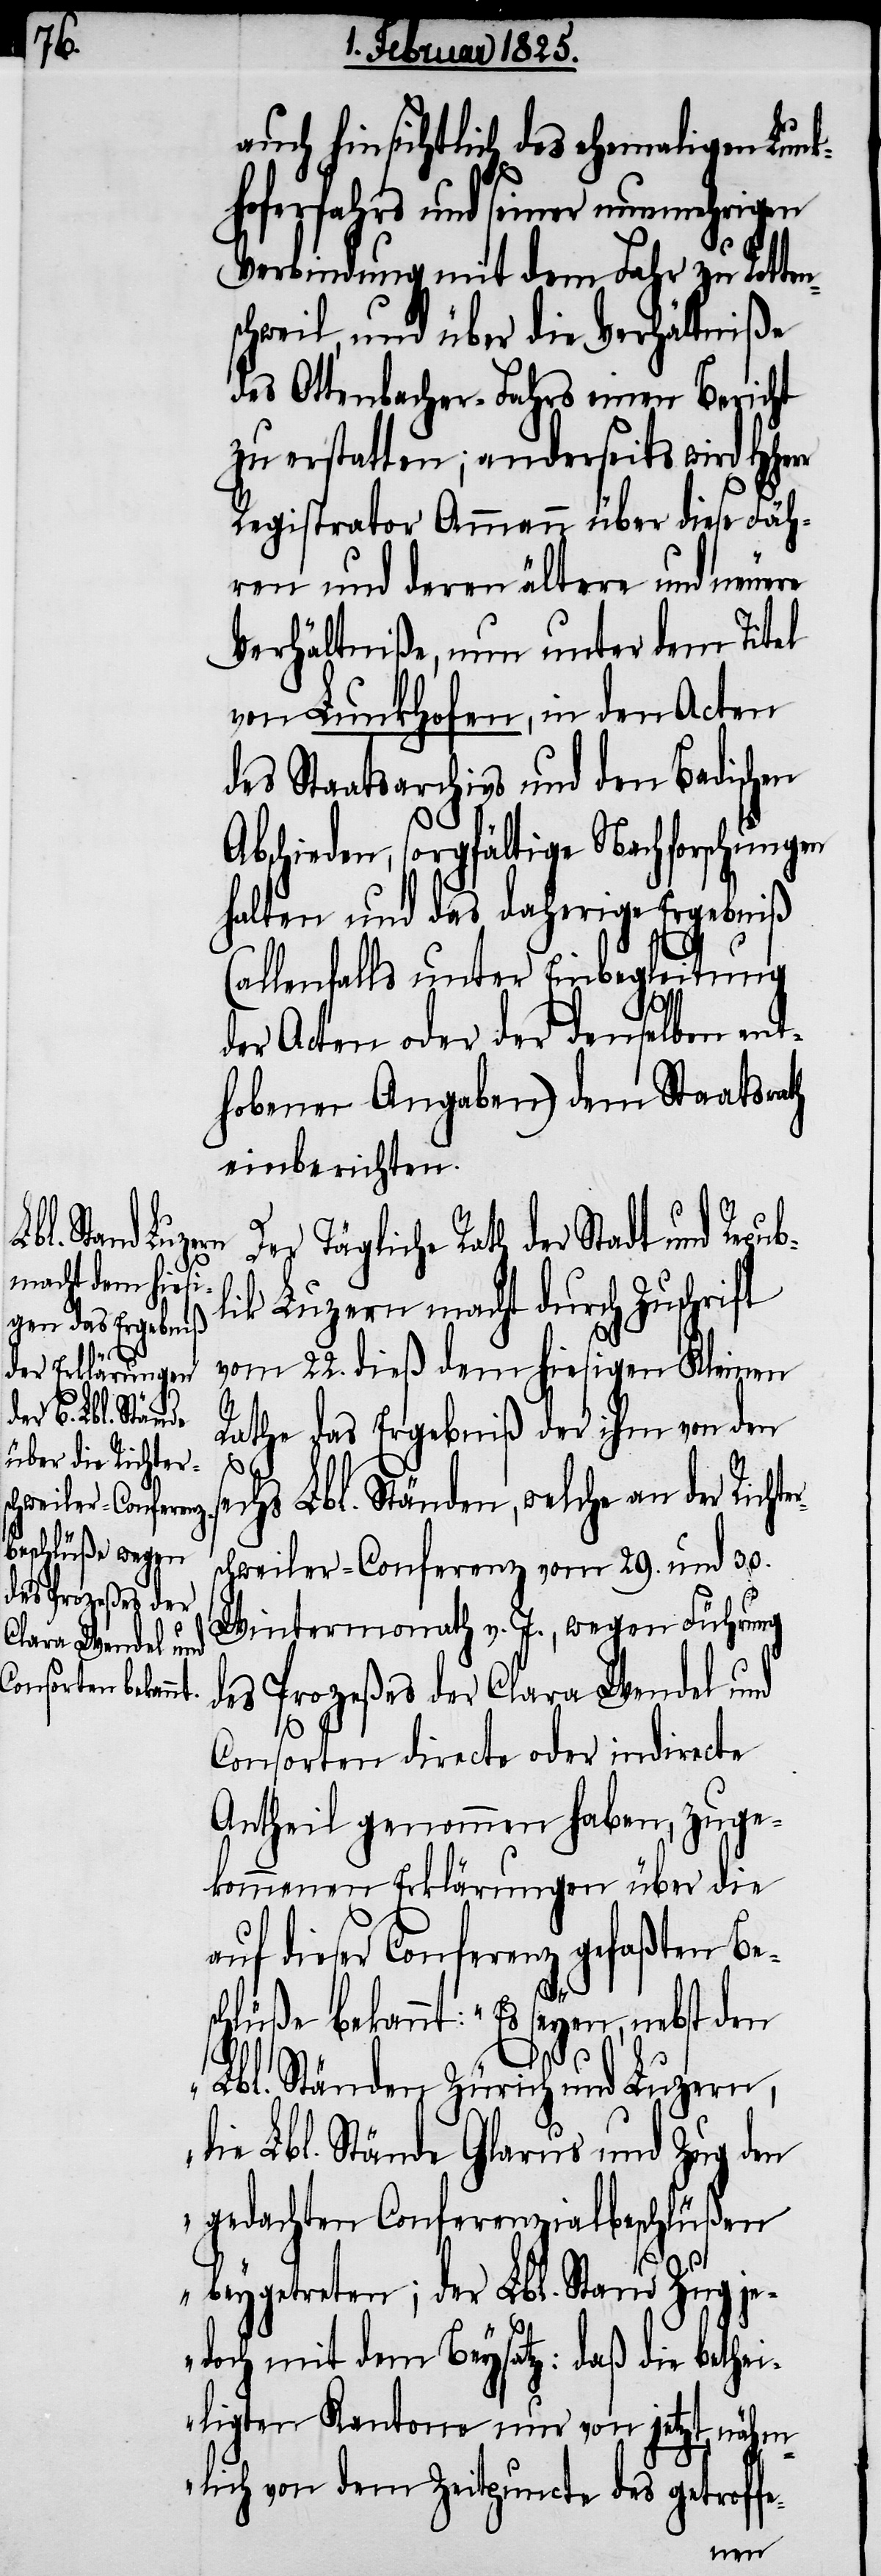
th

auch hinsichtlich des ehemaligen Lunk¬
hoferfahrs und seiner nunmehrigen
Verbindung mit dem Fahr zu Rotte¬
schweil, und über die Verhältniße
des Ottenbacher-Fahrs einen Bericht
zu erstatten; anderseits wird HHerr
Registrator Ammann über diese Fäh¬
ren und deren ältere und neuere
Verhältniße, nun unter dem Titel
von Lunkhofen, in den Acten
des Staatsarchivs und den Badischen
Abschieden, sorgfältige Nachforschungen
halten und das daherige Ergebniß
(allenfalls unter Einbegleitung
der Acten oder der denselben ent¬
hobenen Angaben) dem Staatsra¬
einberichten.
Der Tägliche Rath der Stadt und Repub¬
lik Luzern macht durch Zuschrift
vom 22. dieß dem hiesigen Kleinen
Rathe das Ergebniß der ihm von den
sechs Lbl. Ständen, welche an der Richt¬
chweiler-Conferenz vom 29. und 30.
Wintermonath v. J., wegen Führung
des Prozeßes der Clara Wendel und
Consorten directe oder indirecte
Antheil genommen haben, zuge¬
kommenen Erklärungen über die
auf dieser Conferenz gefaßten Be¬
schlüße bekannt: „Es seyen, nebst den
Lbl. Ständen Zürich und Luzern,
die Lbl. Stände Glarus und Zug den
gedachten Conferenzialbeschlüßen
beygetreten; der Lbl. Stand Zug je¬
doch mit dem Beysatz: daß die beth¬
eiligten Kantone nur von jetzt, nähm¬
lich von dem Zeitpuncte des getroff¬
e-